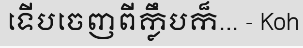
ទើបចេញពីក្លឹបក៏... - Koh